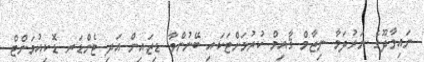
ނައިވާދޫގެ ނަރުދަމާ ނިޒާމް ޤާއިމް ކުރުމަށްޓަކައި ބޭނުންވާ ޑިޒައިން އަދި ޓެންޑަރ ޑޮކިއުމަންޓް